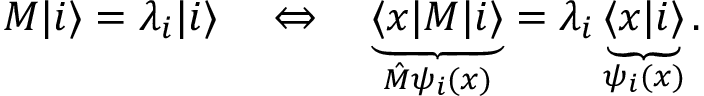
M | i \rangle = \lambda _ { i } | i \rangle \quad \Leftrightarrow \quad \underbrace { \langle x | M | i \rangle } _ { \hat { M } \psi _ { i } ( x ) } = \lambda _ { i } \underbrace { \langle x | i \rangle } _ { \psi _ { i } ( x ) } .